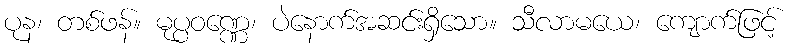
ပုန၊ တစ်ဖန်။ မုပ္ပဝဏ္ဏေ၊ ပဲနောက်အဆင်းရှိသော။ သီလာမယေ၊ ကျောက်ဖြင့်